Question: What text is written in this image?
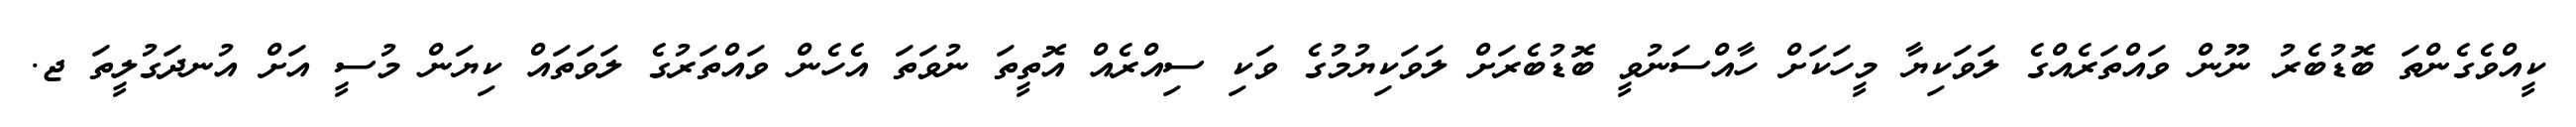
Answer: ކީއްވެގެންތަ ބޮޑުބެރު ނޫން ވައްތަރެއްގެ ލަވަކިޔާ މީހަކަށް ހާއްސަނުވީ ބޮޑުބެރަށް ލަވަކިޔުމުގެ ވަކި ސިއްރެއް އޮތީތަ ނުވަތަ އެހެން ވައްތަރުގެ ލަވަތައް ކިޔަން މުސީ އަށް އުނދަގުލީތަ ޖ.